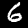
Digit: 6